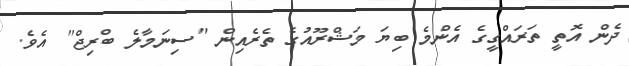
ދެން އޮތީ ތަރައްގީގެ އެންމެ ބިޔަ މަޝްރޫއުގެ ތެރެއިން "ސިނަމާލެ ބްރިޖް" އެވެ.